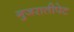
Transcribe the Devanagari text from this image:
गुजरातीपेट